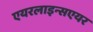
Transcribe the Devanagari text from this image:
एयरलाइन्सएयर